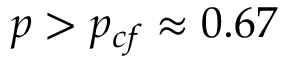
p > p _ { c f } \approx 0 . 6 7